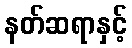
နတ်ဆရာနှင့်